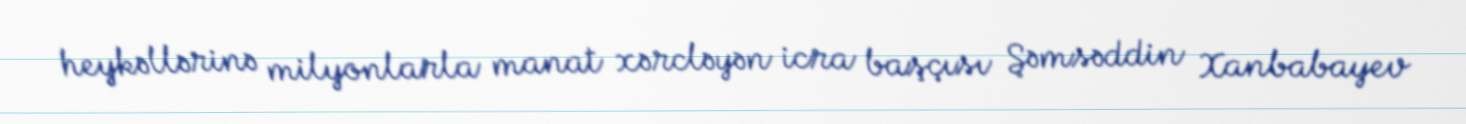
heykəllərinə milyonlarla manat xərcləyən icra başçısı Şəmsəddin Xanbabayev